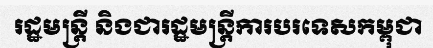
រដ្ឋមន្ត្រី និងជារដ្ឋមន្ត្រីការបរទេសកម្ពុជា